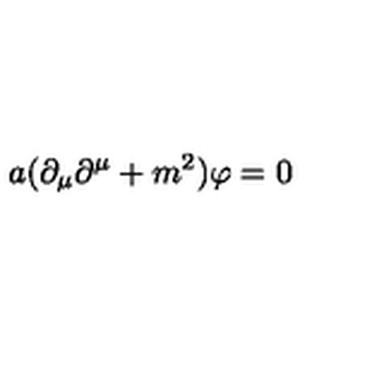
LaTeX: a ( \partial _ { \mu } \partial ^ { \mu } + m ^ { 2 } ) \varphi = 0